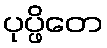
ပုပ္ဖိတေ